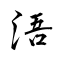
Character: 浯